Museums and galleries and the schools, 1932
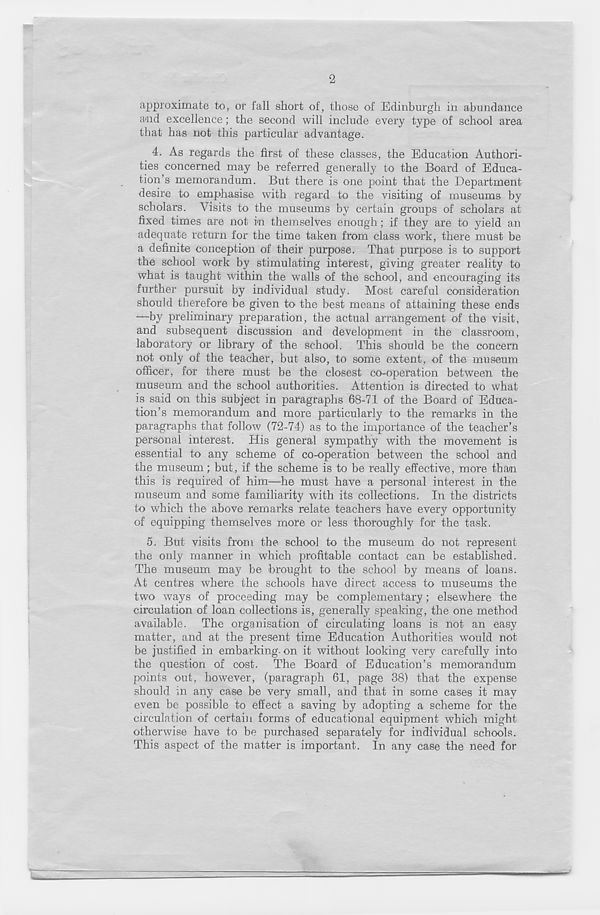
2
approximate to, or fall short of, those of Edinburgh in abundance
and excellence; the second will include every type of school area
that has not this particular advantage.
4. As regards the first of these classes, the Education Authori-
ties concerned may be referred generally to the Board of Educa-
tion’s memorandum. But there is one point that the Department
desire to emphasise with regard to the visiting of museums by
scholars. Visits to the museums by certain groups of scholars at
fixed times are not in themselves enough ; if they are to yield an
adequate return for the time taken from class work, there must be
a definite conception of their purpose. That purpose is to support
the school work by stimulating interest, giving greater reality to
what is taught within the walls of the school, and encouraging its
further pursuit by individual study. Most careful consideration
should therefore be given to the best means of attaining these ends
—by preliminary preparation, the actual arrangement of the visit,
and subsequent discussion and development in the classroom,
laboratory or library of the school. This should be the concern
not only of the teacher, but also, to some extent, of the museum
officer, for there must be the closest co-operation between the
museum and the school authorities. Attention is directed to what
is said on this subject in paragraphs 68-71 of the Board of Educa-
tion’s memorandum and more particularly to the remarks in the
paragraphs that follow (72-74) as to. the importance of the teacher’s
personal interest. His general sympathy with the movemelit is
essential to any scheme of co-operation between the school and
the museum ; but, if the scheme is to be really effective, more than
this is required of him—he must have a personal interest in the
museum and some familiarity with its collections. In the districts
to which the above remarks relate teachers have every opportunity
of equipping themselves more or less thoroughly for the task.
5. But visits from the school to the museum do not represent
the only manner in which profitable contact can be established.
The museum may be brought to the school by means of loans.
At centres where the schools have direct access to museums the
two ways of proceeding may be complementary; elsewhere the
circulation of loan collections is, generally speaking, the one method
available. The organisation of circulating loans is not an easy
matter, and at the present time Education Authorities would not
be justified in embarking- on it without looking very carefully into
the question of cost. The Board of Education’s memorandum
points out, however, (paragraph 61, page 38) that the expense
should in any case be very small, and that in some cases it may
even be possible to effect a saving by adopting a scheme for the
circulation of certain forms of educational equipment which might
otherwise have to be purchased separately for individual schools.
This aspect of the matter is important. In any case the need for